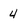
Character: 4